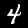
Label: 4